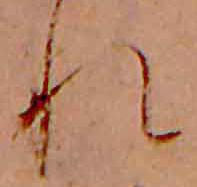
れ